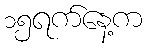
၁၅ရက်နေ့က